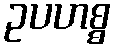
ဥပဟစ္စ